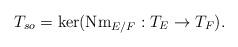
LaTeX: \begin{align*}T_{so} = \mathrm{ker} ( \mathrm{Nm}_{E/F} : T_E \to T_F).\end{align*}